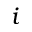
i